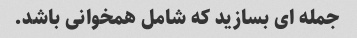
جمله ای بسازید که شامل همخوانی باشد.